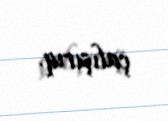
çalışırıq.